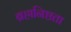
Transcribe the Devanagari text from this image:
ब्रह्मनिष्ठता